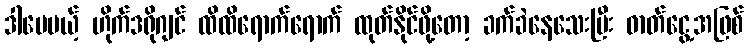
ဒါပေမယ့် ဟိုက်ဒရိုဂျင် ထိထိရောက်ရောက် ထုတ်နိုင်ဖို့တော့ ခက်ခဲနေသေးပြီး ဓာတ်ငွေ့အဖြစ်